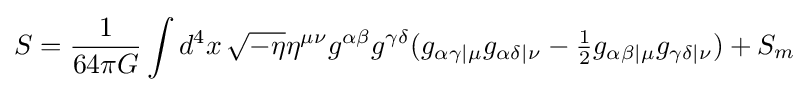
S={1 \over 64\pi G}\int d^{4}x\,{\sqrt {-\eta }}\eta ^{\mu \nu }g^{\alpha \beta }g^{\gamma \delta }(g_{\alpha \gamma |\mu }g_{\alpha \delta |\nu }-\textstyle {\frac {1}{2}}g_{\alpha \beta |\mu }g_{\gamma \delta |\nu })+S_{m}